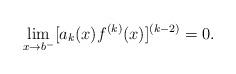
LaTeX: \begin{align*}\lim_{x\to b^-}[a_k(x)f^{(k)}(x)]^{(k-2)}=0.\end{align*}